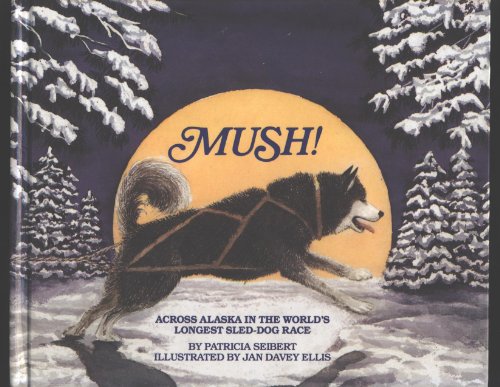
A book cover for Mush!; Patricia Seibert; Sports & Outdoors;